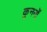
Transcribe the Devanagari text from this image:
कुननों